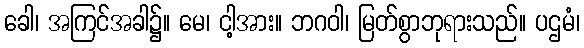
ခေါ၊ အကြင်အခါ၌။ မေ၊ ငါ့အား။ ဘဂဝါ၊ မြတ်စွာဘုရားသည်။ ပဌမံ၊